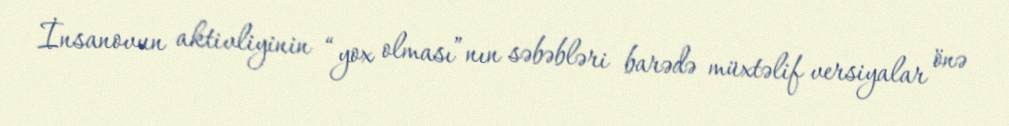
İnsanovun aktivliyinin “yox olması”nın səbəbləri barədə müxtəlif versiyalar önə